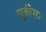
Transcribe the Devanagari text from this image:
चूड़ीगर